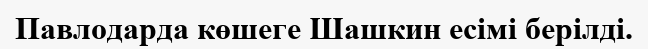
Павлодарда көшеге Шашкин есімі берілді.